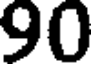
90